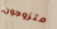
متزوجون